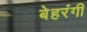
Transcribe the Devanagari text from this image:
बेहरंगी